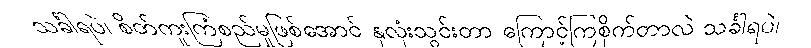
သင်္ခါရပဲ၊ စိတ်ကူးကြံစည်မှုဖြစ်အောင် နှလုံးသွင်းတာ ကြောင့်ကြစိုက်တာလဲ သင်္ခါရပဲ၊